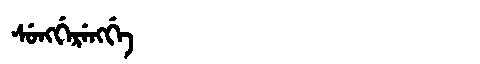
Manchu: ᠰᡠᠩᡤᡝᡵᡝᠩᡤᡝ
Romanization: SUNGGERENGGE